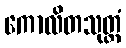
ကောလိတသုတ္တံ